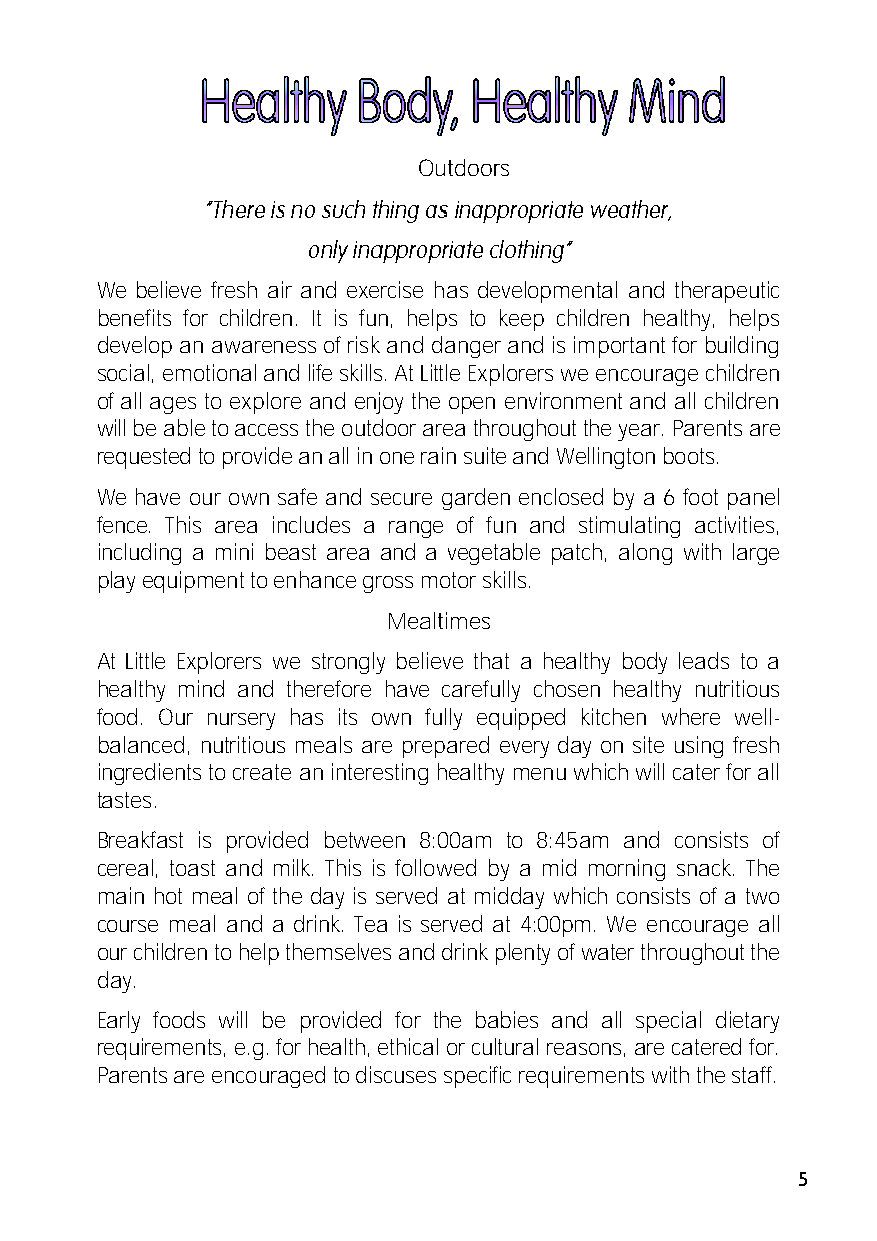
Outdoors
 We believe fresh air and exercise has developmental and therapeutic
 benefits for children. It is fun, helps to keep children healthy, helps
 develop an awareness of risk and danger and is important for building
 social, emotional and life skills. At Little Explorers we encourage children
 of all ages to explore and enjoy the open environment and all children
 will be able to access the outdoor area throughout the year. Parents are
 requested to provide an all in one rain suite and Wellington boots.
 We have our own safe and secure garden enclosed by a 6 foot panel
 fence. This area includes a range of fun and stimulating activities,
 including a mini beast area and a vegetable patch, along with large
 play equipment to enhance gross motor skills.
 Mealtimes
 At Little Explorers we strongly believe that a healthy body leads to a
 healthy mind and therefore have carefully chosen healthy nutritious
 food. Our nursery has its own fully equipped kitchen where well-
 balanced, nutritious meals are prepared every day on site using fresh
 ingredients to create an interesting healthy menu which will cater for all
 tastes.
 Breakfast is provided between 8:00am to 8:45am and consists of
 cereal, toast and milk. This is followed by a mid morning snack. The
 main hot meal of the day is served at midday which consists of a two
 course meal and a drink. Tea is served at 4:00pm. We encourage all
 our children to help themselves and drink plenty of water throughout the
 day.
 Early foods will be provided for the babies and all special dietary
 requirements, e.g. for health, ethical or cultural reasons, are catered for.
 Parents are encouraged to discuses specific requirements with the staff.
 5